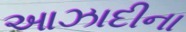
આઝાદીના